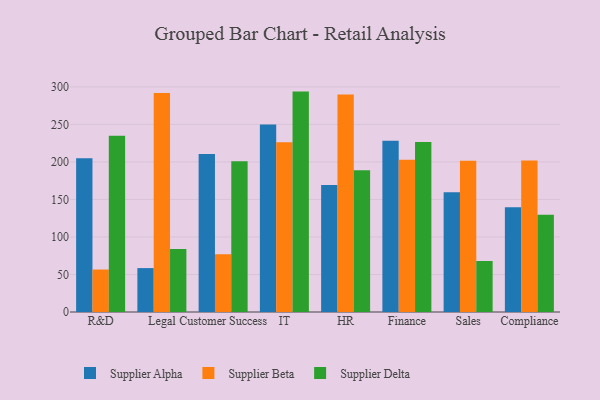
{"axis": {"x": "Department", "y": "Bounce Rate (%)"}, "legend": ["Supplier Alpha", "Supplier Beta", "Supplier Delta"], "data": [{"x": "R&D", "y": 204.8, "type": "Supplier Alpha"}, {"x": "R&D", "y": 56.6, "type": "Supplier Beta"}, {"x": "R&D", "y": 234.9, "type": "Supplier Delta"}, {"x": "Legal", "y": 58.5, "type": "Supplier Alpha"}, {"x": "Legal", "y": 291.9, "type": "Supplier Beta"}, {"x": "Legal", "y": 83.8, "type": "Supplier Delta"}, {"x": "Customer Success", "y": 210.7, "type": "Supplier Alpha"}, {"x": "Customer Success", "y": 76.8, "type": "Supplier Beta"}, {"x": "Customer Success", "y": 200.9, "type": "Supplier Delta"}, {"x": "IT", "y": 249.9, "type": "Supplier Alpha"}, {"x": "IT", "y": 226.1, "type": "Supplier Beta"}, {"x": "IT", "y": 293.7, "type": "Supplier Delta"}, {"x": "HR", "y": 169.2, "type": "Supplier Alpha"}, {"x": "HR", "y": 289.8, "type": "Supplier Beta"}, {"x": "HR", "y": 188.8, "type": "Supplier Delta"}, {"x": "Finance", "y": 228.2, "type": "Supplier Alpha"}, {"x": "Finance", "y": 202.9, "type": "Supplier Beta"}, {"x": "Finance", "y": 226.7, "type": "Supplier Delta"}, {"x": "Sales", "y": 159.6, "type": "Supplier Alpha"}, {"x": "Sales", "y": 201.5, "type": "Supplier Beta"}, {"x": "Sales", "y": 68.1, "type": "Supplier Delta"}, {"x": "Compliance", "y": 139.5, "type": "Supplier Alpha"}, {"x": "Compliance", "y": 202.0, "type": "Supplier Beta"}, {"x": "Compliance", "y": 129.7, "type": "Supplier Delta"}]}